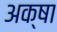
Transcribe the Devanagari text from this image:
अक्षा